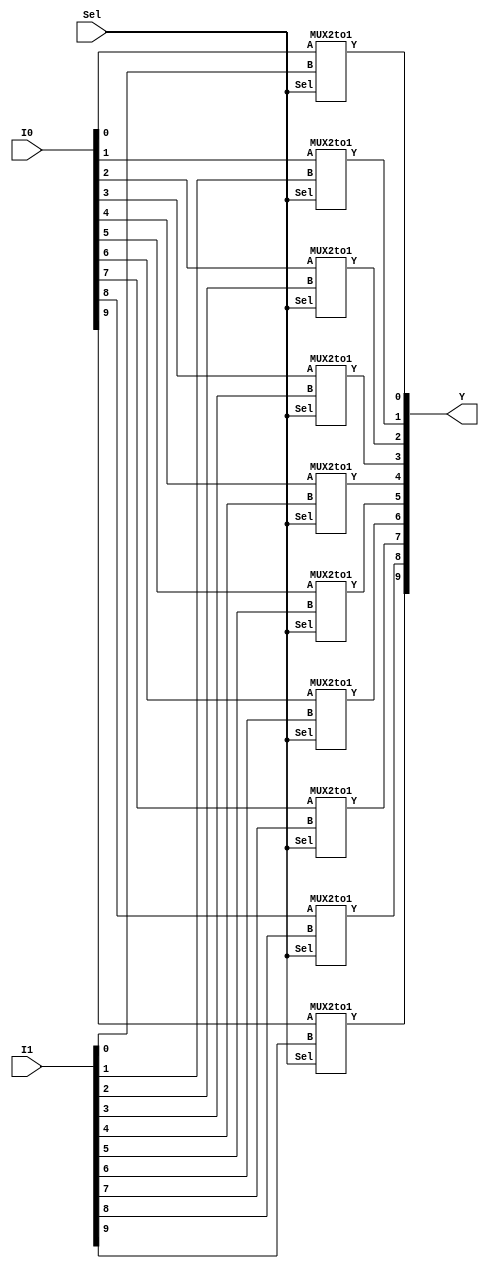
module MUX2to1_nbit(Y, I0, I1, Sel);
	parameter n = 10;
	input [(n - 1):0] I0, I1;
	input Sel;
	output[(n - 1):0] Y;

	MUX2to1 MUX[(n- 1):0](.Y(Y), .A(I0), .B(I1), .Sel(Sel));

endmodule

/********Mux2to1 1 bit***********/
module MUX2to1(Y, A, B, Sel);
	input A, B, Sel;
	output Y;
	
	wire t1, t2;
	
	and(t1, A, ~Sel),
	   (t2, B, Sel);
	or(Y, t1, t2);
	
endmodule